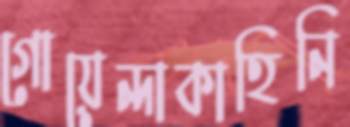
গোয়েন্দাকাহিনি